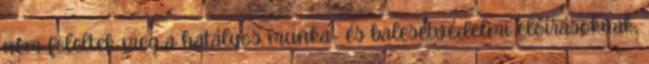
nem feleltek meg a hatályos munka- és balesetvédelmi előírásoknak,